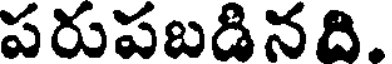
పరుపబడినది.